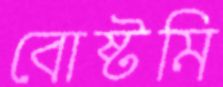
বোষ্টমি